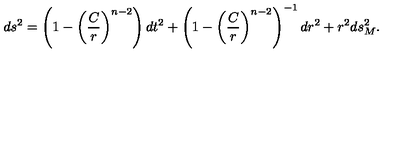
d s ^ { 2 } = \left( 1 - \left( \frac { C } { r } \right) ^ { n - 2 } \right) d t ^ { 2 } + \left( 1 - \left( \frac { C } { r } \right) ^ { n - 2 } \right) ^ { - 1 } d r ^ { 2 } + r ^ { 2 } d s _ { M } ^ { 2 } .